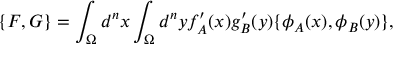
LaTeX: \{ F , G \} = \int _ { \Omega } d ^ { n } x \int _ { \Omega } d ^ { n } y f _ { A } ^ { \prime } ( x ) g _ { B } ^ { \prime } ( y ) \{ \phi _ { A } ( x ) , \phi _ { B } ( y ) \} ,